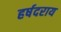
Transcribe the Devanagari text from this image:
हर्षदराय